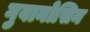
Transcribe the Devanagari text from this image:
गुवानोसिन